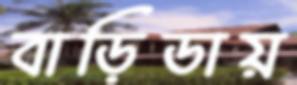
বাড়িডায়